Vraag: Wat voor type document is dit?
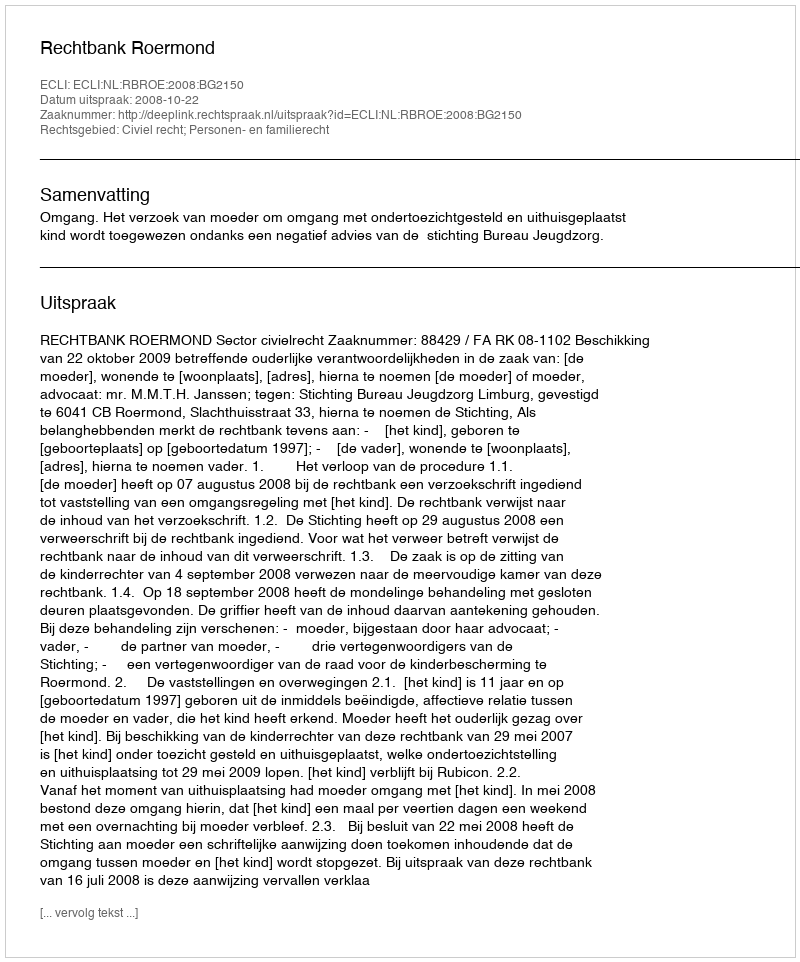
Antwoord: Uitspraak